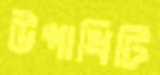
উপাধিটি